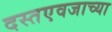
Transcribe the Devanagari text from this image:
दस्तएवजाच्या